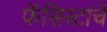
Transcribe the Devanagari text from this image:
फॅसिस्टांचे